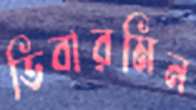
ডিবারমিন